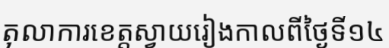
តុលាការខេត្តស្វាយរៀងកាលពីថ្ងៃទី១៤